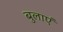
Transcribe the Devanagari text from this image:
बुलाएं